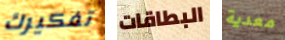
تفكيرك البطاقات معدية